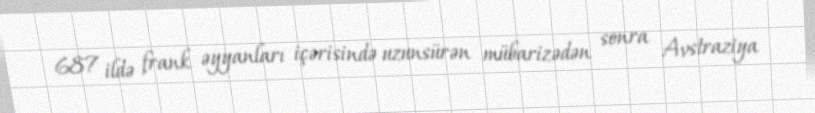
687 ildə frank əyyanları içərisində uzunsürən mübarizədən sonra Avstraziya